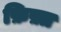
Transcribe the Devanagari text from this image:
फ़िफ़्त